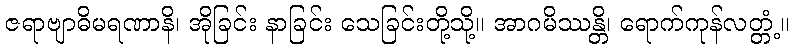
ဇရာဗျာဓိမရဏာနိ၊ အိုခြင်း နာခြင်း သေခြင်းတို့သို့။ အာဂမိဿန္တိ၊ ရောက်ကုန်လတ္တံ့။